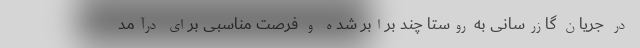
در جریان گازرسانی به روستا چند برابر شده و فرصت مناسبی برای درآمد